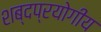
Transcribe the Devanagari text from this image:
शब्दप्रयोगीय